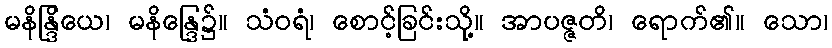
မနိန္ဒြိယေ၊ မနိန္ဒြေ၌။ သံဝရံ၊ စောင့်ခြင်းသို့။ အာပဇ္ဇတိ၊ ရောက်၏။ သော၊